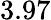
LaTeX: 3.97